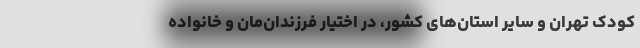
کودک تهران و سایر استان‌های کشور، در اختیار فرزندان‌مان و خانواده